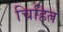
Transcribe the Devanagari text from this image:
चिहित